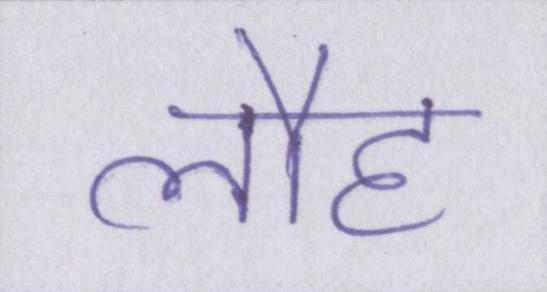
लौह